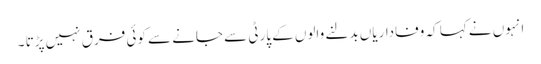
انہوں نے کہا کہ وفاداریاں بدلنے والوں کے پارٹی سے جانے سے کوئی فرق نہیں پڑتا ۔